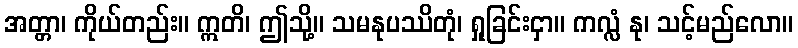
အတ္တာ၊ ကိုယ်တည်း။ ဣတိ၊ ဤသို့။ သမနုပဿိတုံ၊ ရှုခြင်းငှာ။ ကလ္လံ နု၊ သင့်မည်လော။